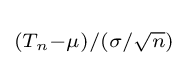
\scriptstyle (T_{n}-\mu )/(\sigma /{\sqrt {n}})